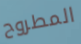
المطروح